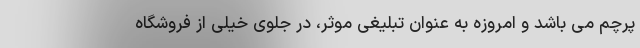
پرچم می باشد و امروزه به عنوان تبلیغی موثر، در جلوی خیلی از فروشگاه